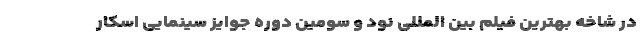
در شاخه بهترین فیلم بین المللی نود و سومین دوره جوایز سینمایی اسکار